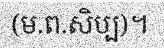
(ម.ព.សិប្ប)។